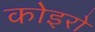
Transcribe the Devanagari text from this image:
कोइरो